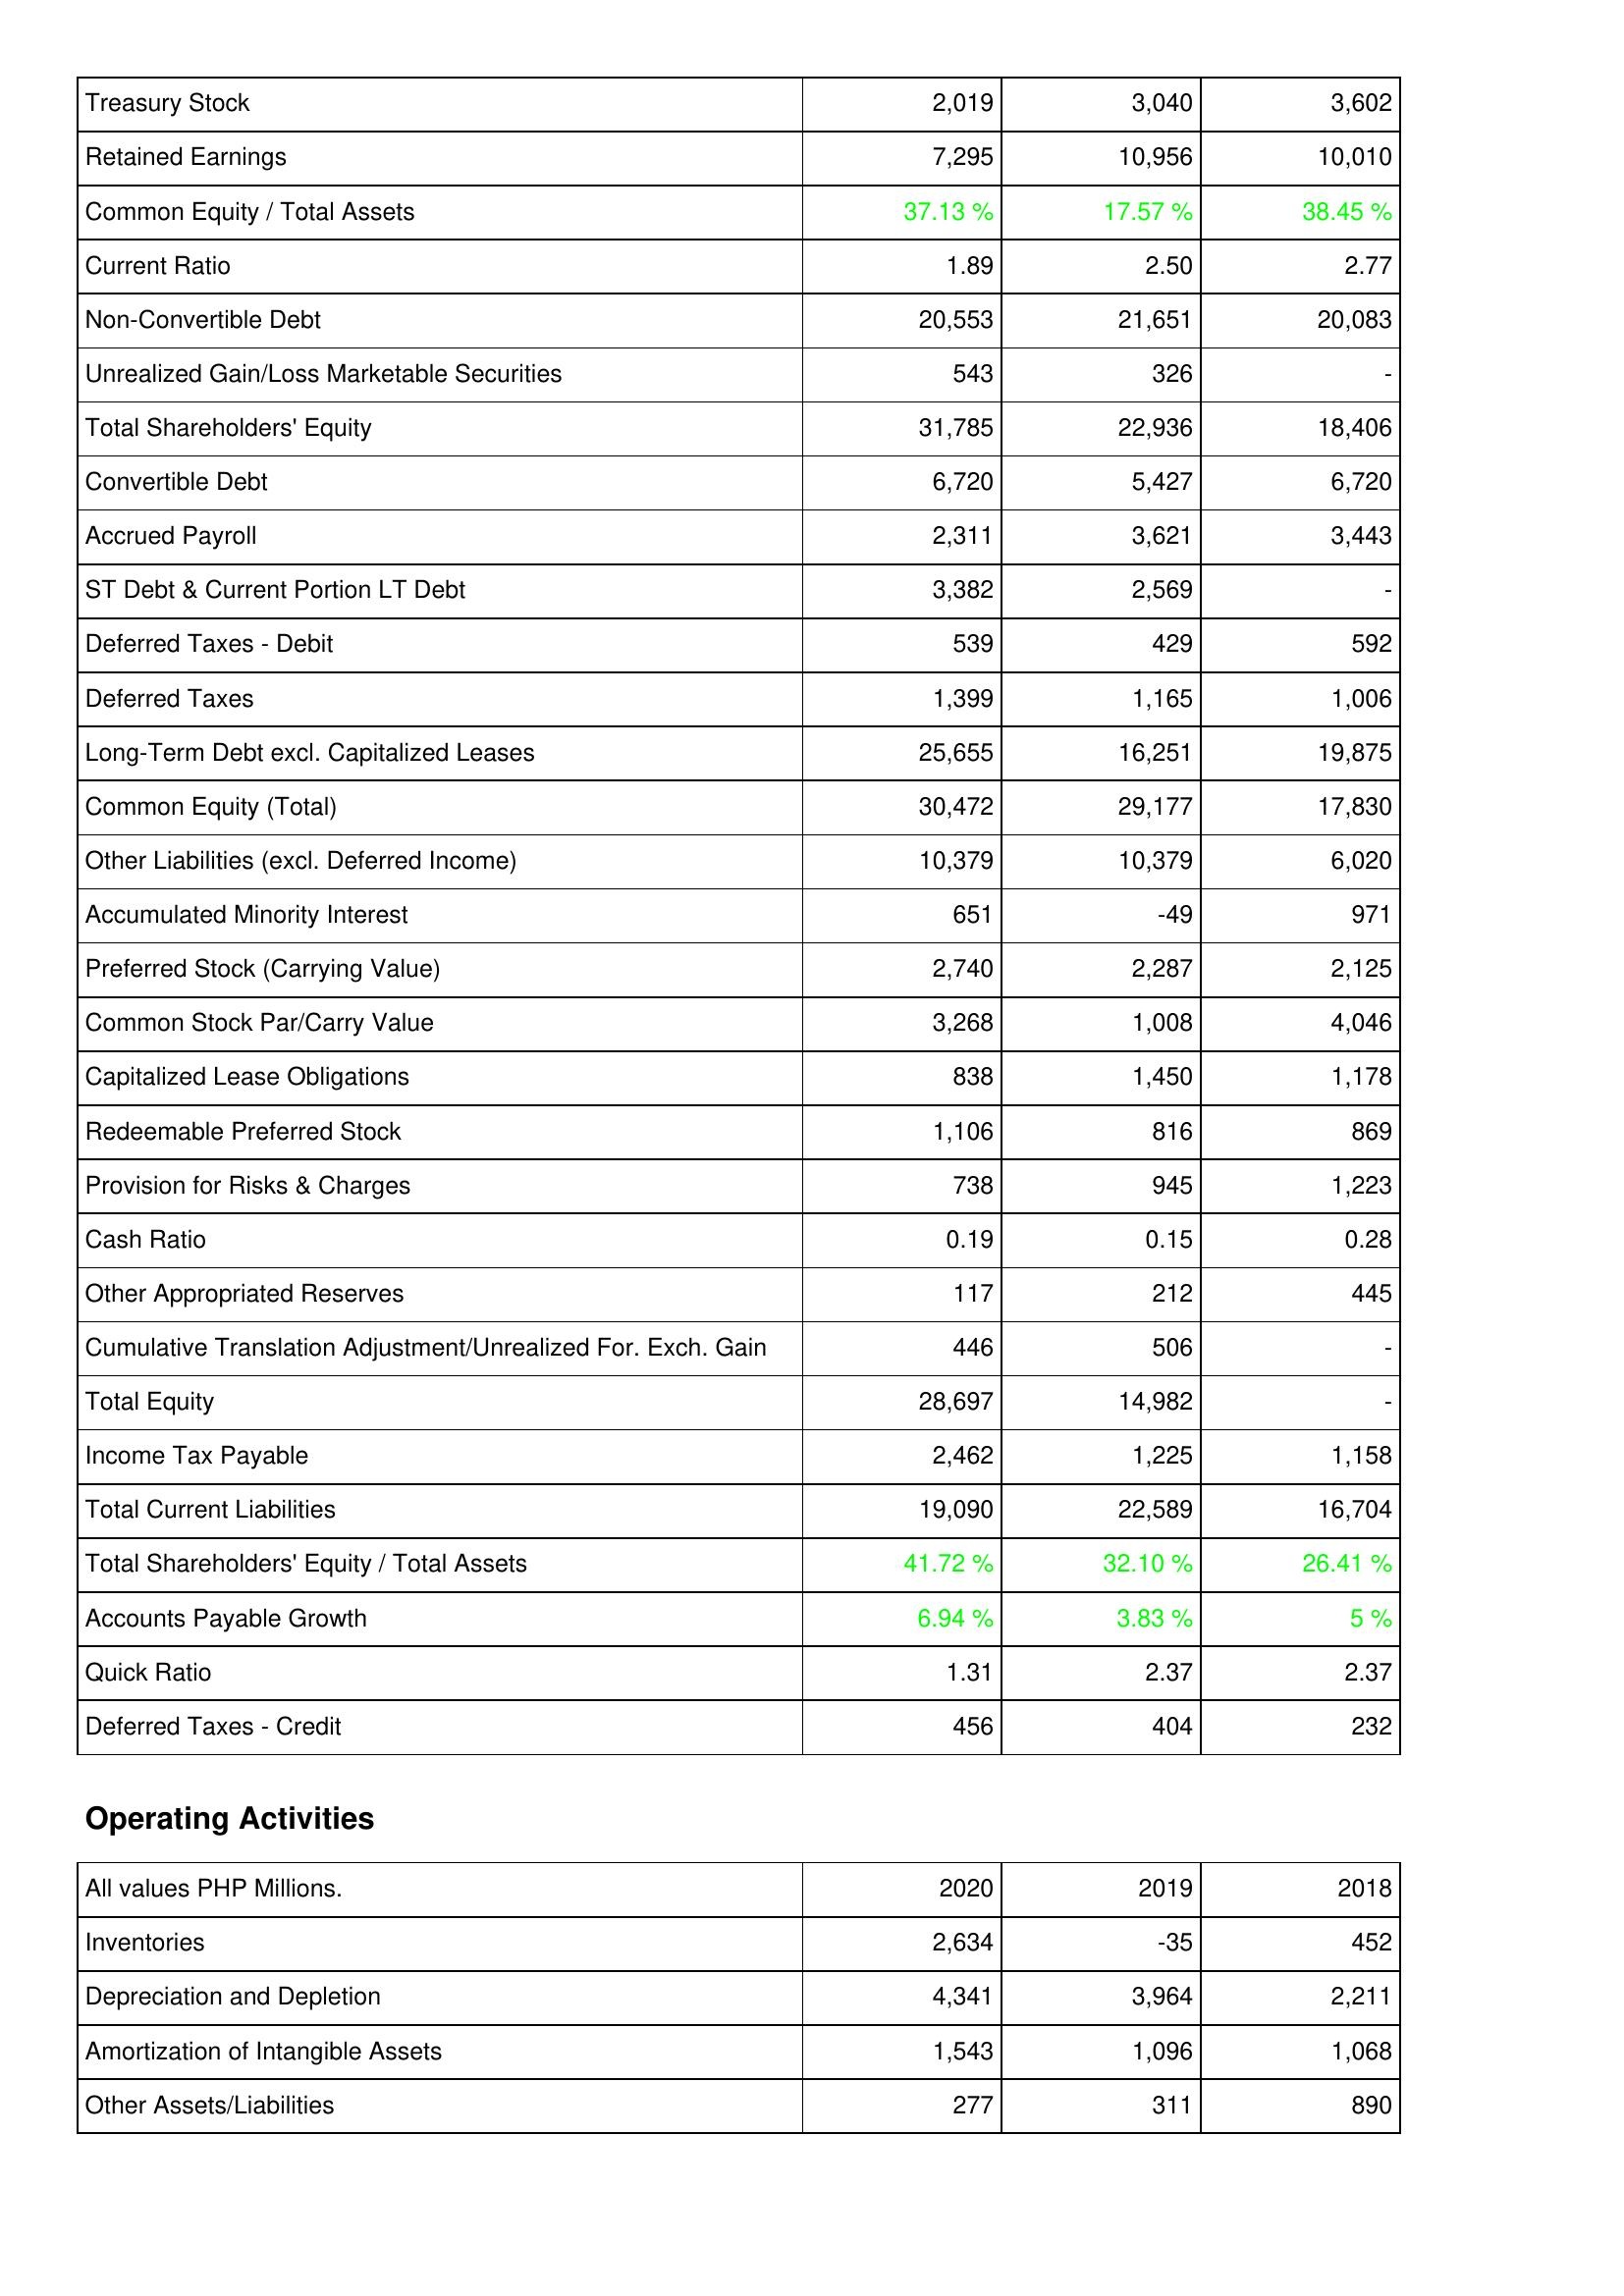
2020: Liabilities & Shareholders' Equity: Treasury Stock: 2,019
Retained Earnings: 7,295
Common Equity / Total Assets: 37.13 %
Current Ratio: 1.89
Non-Convertible Debt: 20,553
Unrealized Gain/Loss Marketable Securities: 543
Total Shareholders' Equity: 31,785
Convertible Debt: 6,720
Accrued Payroll: 2,311
ST Debt & Current Portion LT Debt: 3,382
Deferred Taxes - Debit: 539
Deferred Taxes: 1,399
Long-Term Debt excl. Capitalized Leases: 25,655
Common Equity (Total): 30,472
Other Liabilities (excl. Deferred Income): 10,379
Accumulated Minority Interest: 651
Preferred Stock (Carrying Value): 2,740
Common Stock Par/Carry Value: 3,268
Capitalized Lease Obligations: 838
Redeemable Preferred Stock: 1,106
Provision for Risks & Charges: 738
Cash Ratio: 0.19
Other Appropriated Reserves: 117
Cumulative Translation Adjustment/Unrealized For. Exch. Gain: 446
Total Equity: 28,697
Income Tax Payable: 2,462
Total Current Liabilities: 19,090
Total Shareholders' Equity / Total Assets: 41.72 %
Accounts Payable Growth: 6.94 %
Quick Ratio: 1.31
Deferred Taxes - Credit: 456
Operating Activities: Inventories: 2,634
Depreciation and Depletion: 4,341
Amortization of Intangible Assets: 1,543
Other Assets/Liabilities: 277
2019: Liabilities & Shareholders' Equity: Treasury Stock: 3,040
Retained Earnings: 10,956
Common Equity / Total Assets: 17.57 %
Current Ratio: 2.50
Non-Convertible Debt: 21,651
Unrealized Gain/Loss Marketable Securities: 326
Total Shareholders' Equity: 22,936
Convertible Debt: 5,427
Accrued Payroll: 3,621
ST Debt & Current Portion LT Debt: 2,569
Deferred Taxes - Debit: 429
Deferred Taxes: 1,165
Long-Term Debt excl. Capitalized Leases: 16,251
Common Equity (Total): 29,177
Other Liabilities (excl. Deferred Income): 10,379
Accumulated Minority Interest: -49
Preferred Stock (Carrying Value): 2,287
Common Stock Par/Carry Value: 1,008
Capitalized Lease Obligations: 1,450
Redeemable Preferred Stock: 816
Provision for Risks & Charges: 945
Cash Ratio: 0.15
Other Appropriated Reserves: 212
Cumulative Translation Adjustment/Unrealized For. Exch. Gain: 506
Total Equity: 14,982
Income Tax Payable: 1,225
Total Current Liabilities: 22,589
Total Shareholders' Equity / Total Assets: 32.10 %
Accounts Payable Growth: 3.83 %
Quick Ratio: 2.37
Deferred Taxes - Credit: 404
Operating Activities: Inventories: -35
Depreciation and Depletion: 3,964
Amortization of Intangible Assets: 1,096
Other Assets/Liabilities: 311
2018: Liabilities & Shareholders' Equity: Treasury Stock: 3,602
Retained Earnings: 10,010
Common Equity / Total Assets: 38.45 %
Current Ratio: 2.77
Non-Convertible Debt: 20,083
Unrealized Gain/Loss Marketable Securities: -
Total Shareholders' Equity: 18,406
Convertible Debt: 6,720
Accrued Payroll: 3,443
ST Debt & Current Portion LT Debt: -
Deferred Taxes - Debit: 592
Deferred Taxes: 1,006
Long-Term Debt excl. Capitalized Leases: 19,875
Common Equity (Total): 17,830
Other Liabilities (excl. Deferred Income): 6,020
Accumulated Minority Interest: 971
Preferred Stock (Carrying Value): 2,125
Common Stock Par/Carry Value: 4,046
Capitalized Lease Obligations: 1,178
Redeemable Preferred Stock: 869
Provision for Risks & Charges: 1,223
Cash Ratio: 0.28
Other Appropriated Reserves: 445
Cumulative Translation Adjustment/Unrealized For. Exch. Gain: -
Total Equity: -
Income Tax Payable: 1,158
Total Current Liabilities: 16,704
Total Shareholders' Equity / Total Assets: 26.41 %
Accounts Payable Growth: 5 %
Quick Ratio: 2.37
Deferred Taxes - Credit: 232
Operating Activities: Inventories: 452
Depreciation and Depletion: 2,211
Amortization of Intangible Assets: 1,068
Other Assets/Liabilities: 890